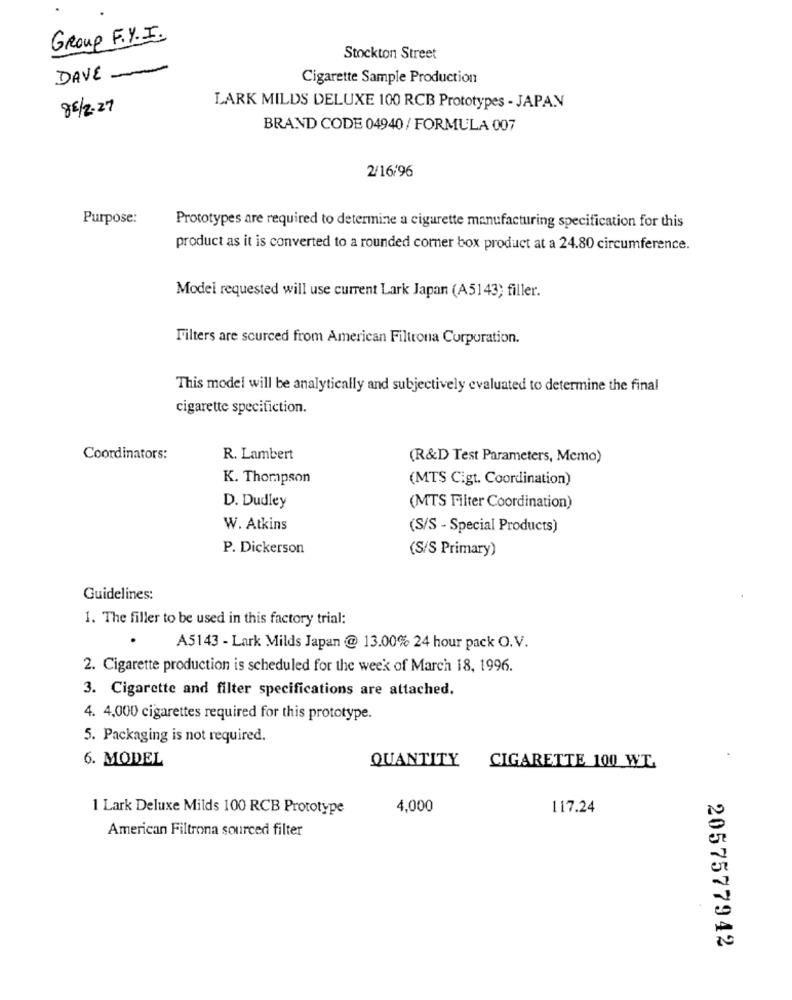
Group F.Y. I.
Stockton Street
DAVE .
-
Cigarette Sample Production
85/2.27
LARK MILDS DELUXE 100 RCB Prototypes - JAPAN
BRAND CODE 04940 / FORMULA 007
2/16/96
Purpose:
Prototypes are required to determine a cigarette manufacturing specification for this
product as it is converted to a rounded corner box product at a 24.80 circumference.
Model requested will use current Lark Japan (A5143; filler.
Filters are sourced from American Filtrona Corporation.
This model will be analytically and subjectively evaluated to determine the final
cigarette specifiction.
Coordinators:
R. Lambert
(R&D Test Parameters, Memo)
K. Thompson
(MTS Cigt. Coordination)
D. Dudley
(MTS Filter Coordination)
W. Atkins
(S/S - Special Products)
P. Dickerson
(S/S Primary)
Guidelines:
1. The filler to be used in this factory trial:
A5143 - Lark Milds Japan @ 13.00% 24 hour pack O.V.
2. Cigarette production is scheduled for the week of March 18, 1996.
3. Cigarette and filter specifications are attached.
4. 4,000 cigarettes required for this prototype.
5. Packaging is not required.
6. MODEL
QUANTITY
CIGARETTE 100 WT.
1 Lark Deluxe Milds 100 RCB Prototype
4,000
117.24
American Filtrona sourced filter
2057577942